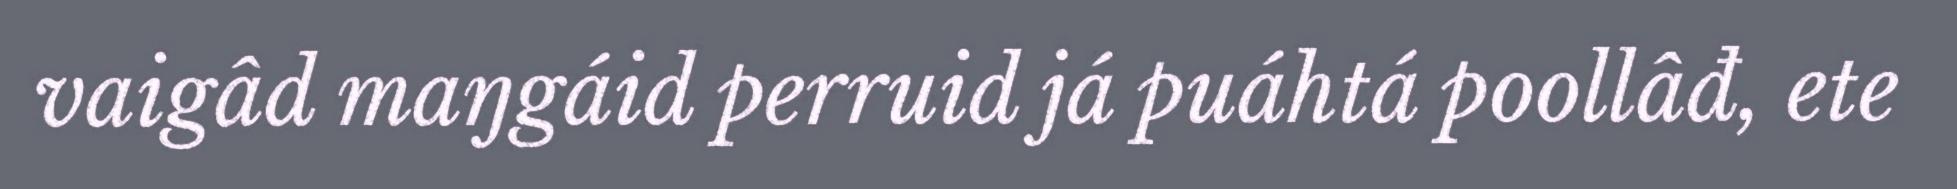
vaigâd maŋgáid perruid já puáhtá poollâđ, ete